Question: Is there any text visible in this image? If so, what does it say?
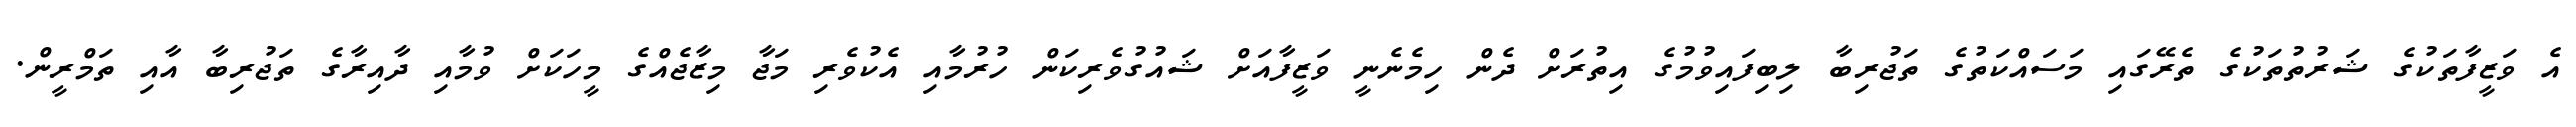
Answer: އެ ވަޒީފާތަކުގެ ޝަރުތުތަކުގެ ތެރޭގައި މަސައްކަތުގެ ތަޖުރިބާ ލިބިފައިވުމުގެ އިތުރަށް ދެން ހިމެނެނީ ވަޒީފާއަށް ޝައުގުވެރިކަން ހުރުމާއި އެކުވެރި މަޖާ މިޒާޖެއްގެ މީހަކަށް ވުމާއި ދާއިރާގެ ތަޖުރިބާ އާއި ތަމްރީން.